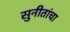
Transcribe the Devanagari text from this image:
सुनीतांचा